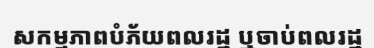
សកម្មភាពបំភ័យពលរដ្ឋ ឬចាប់ពលរដ្ឋ